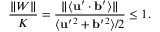
\frac { \| { W } \| } { K } = \frac { \| \langle { { \bf { u } } ^ { \prime } \cdot { \bf { b } } ^ { \prime } } \rangle \| } { \langle { { \bf { u } } ^ { \prime } { } ^ { 2 } + { \bf { b } } ^ { \prime } { } ^ { 2 } } \rangle / 2 } \le 1 .